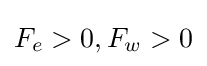
F_{e}>0,F_{w}>0